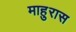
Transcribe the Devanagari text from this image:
माहुरास